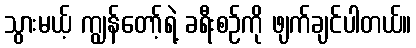
သွားမယ့် ကျွန်တော့်ရဲ့ ခရီးစဉ်ကို ဖျက်ချင်ပါတယ်။